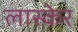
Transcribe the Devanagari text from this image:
लास्केर